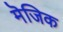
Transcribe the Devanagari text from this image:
मॆजिक